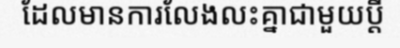
ដែលមានការលែងលះគ្នាជាមួយប្តី